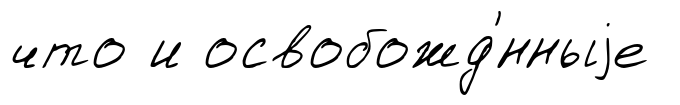
что и освобожд'́нныjе